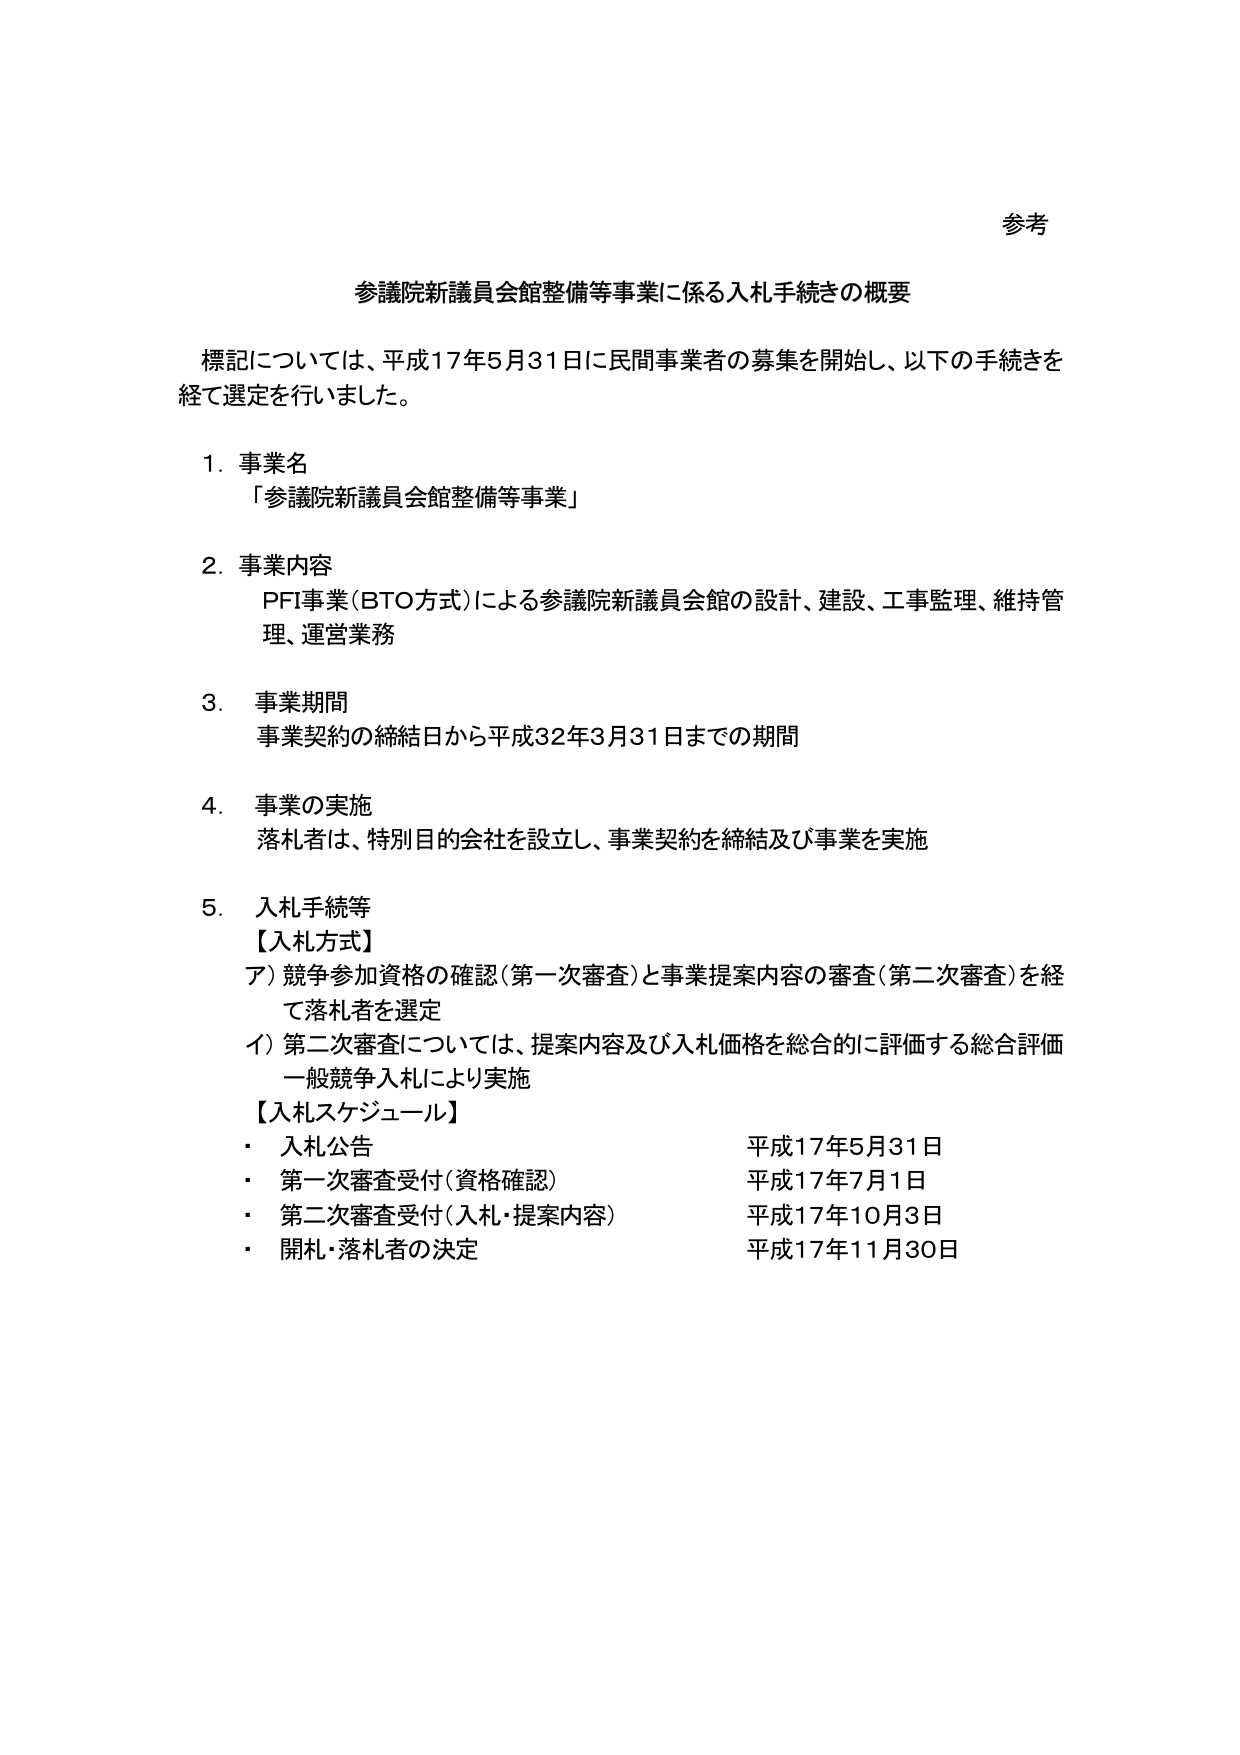
参考

参議院新議員会館整備等事業に係る入札手続きの概要

標記については、平成17年5月31日に民間事業者の募集を開始し、以下の手続きを
経て選定を行いました。

1. 事業名
「参議院新議員会館整備等事業」

2. 事業内容
PFI事業（BTO方式）による参議院新議員会館の設計、建設、工事監理、維持管
理、運営業務

3. 事業期間
事業契約の締結日から平成32年3月31日までの期間

4. 事業の実施
落札者は、特別目的会社を設立し、事業契約を締結及び事業を実施

5. 入札手続等
【入札方式】
ア）競争参加資格の確認（第一次審査）と事業提案内容の審査（第二次審査）を経
て落札者を選定
イ）第二次審査については、提案内容及び入札価格を総合的に評価する総合評価
一般競争入札により実施
【入札スケジュール】
・ 入札公告 平成17年5月31日
・ 第一次審査受付（資格確認） 平成17年7月1日
・ 第二次審査受付（入札・提案内容） 平成17年10月3日
・ 開札・落札者の決定 平成17年11月30日